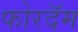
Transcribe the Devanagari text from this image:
फोरदॅम